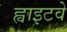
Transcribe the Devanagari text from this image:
ह्वाइटवे